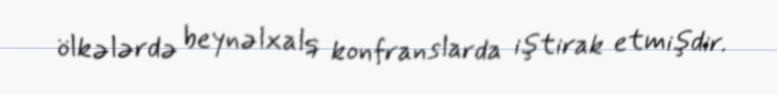
ölkələrdə beynəlxalq konfranslarda iştirak etmişdir.